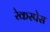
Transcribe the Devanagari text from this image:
रेकस्पेस